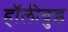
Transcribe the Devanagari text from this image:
हॉलीवुड़